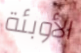
الأوبئة